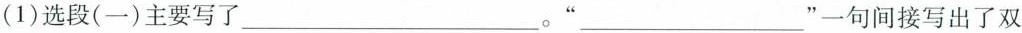
(1)选段(一)主要写了____。”____”一句间接写出了双